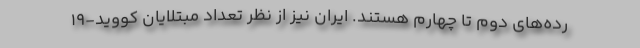
رده‌های دوم تا چهارم هستند. ایران نیز از نظر تعداد مبتلایان کووید-۱۹